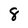
Character: 8